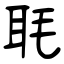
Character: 毦